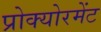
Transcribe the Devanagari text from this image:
प्रोक्योरमेंट